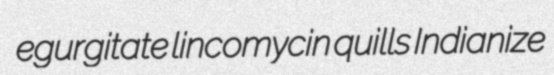
egurgitate lincomycin quills Indianize